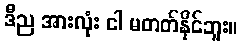
ဒီည အားလုံး ငါ မတတ်နိုင်ဘူး။